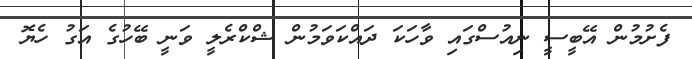
ފެށުމުން އޭބީސީ ނިއުސްގައި ވާހަކަ ދައްކަވަމުން ޝްކްރެލީ ވަނީ ބޭހުގެ އަގު ހެޔޮ